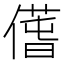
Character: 𠎲